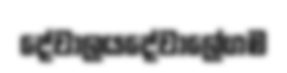
දේවාලයදේවාලේගම